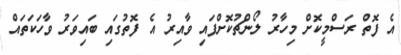
އެ ފޮތް ރަސްމީކޮށް މިހާރު ލޯންޗުކޮށްފައި ވާއިރު އެ ފޮތުގައި ބައިވަރު ވާހަކަތައް